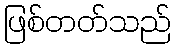
ဖြစ်တတ်သည်